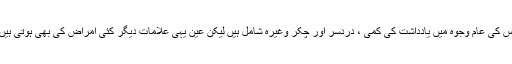
اس کی عام وجوہ میں یادداشت کی کمی ، دردسر اور چکر وغیرہ شامل ہیں لیکن عین یہی علامات دیگر کئی امراض کی بھی ہوتی ہیں۔